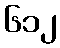
၆၁၂